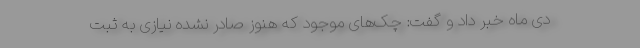
دی ماه خبر داد و گفت: چک‌های موجود که هنوز صادر نشده نیازی به ثبت